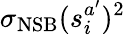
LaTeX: \sigma_{\mathrm{NSB}}(s_{i}^{a^{\prime}})^{2}